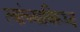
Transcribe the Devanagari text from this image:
त्यांच्याविरूध्द